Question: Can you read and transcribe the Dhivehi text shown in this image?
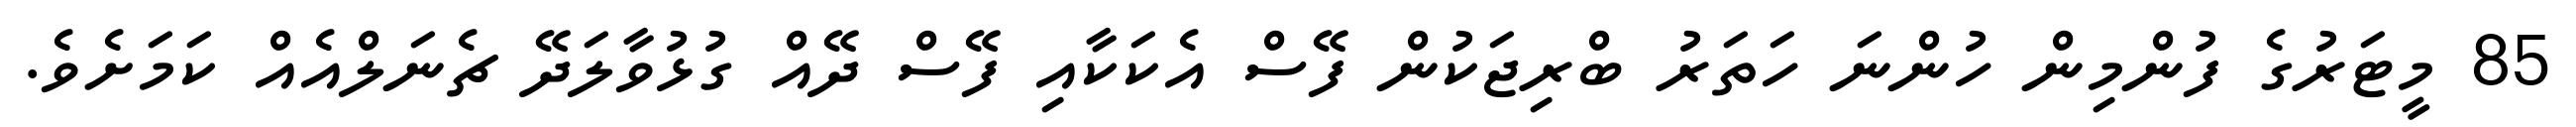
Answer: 85 މީޓަރުގެ ފުންމިން ހުންނަ ހަތަރު ބްރިޖަކުން ފޭސް އެކަކާއި ފޭސް ދޭއް ގުޅުވާލަދޭ ޗެނަލްއެއް ކަމަށެވެ.